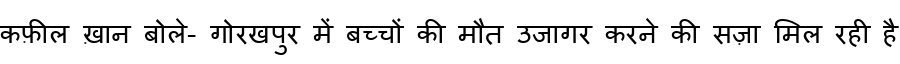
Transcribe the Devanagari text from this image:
कफ़ील ख़ान बोले- गोरखपुर में बच्चों की मौत उजागर करने की सज़ा मिल रही है